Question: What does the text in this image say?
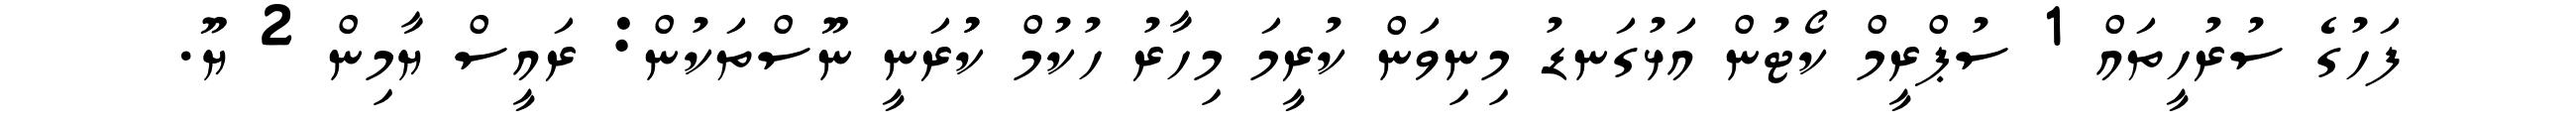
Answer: ފަހުގެ ސުރުހީތައް 1 ސުޕްރީމް ކޯޓުން އަޅުގަނޑު މިނިވަން ކުރީމަ މިހާރު ހުކުމް ކުުރަނީ ނޫސްތަކުން: ރައީސް ޔާމިން 2 ޔޫ.